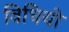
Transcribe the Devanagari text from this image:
विधियो